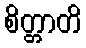
စိတ္တာတိ